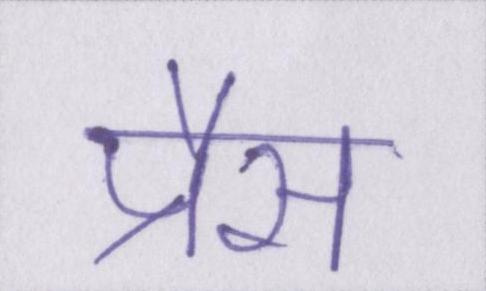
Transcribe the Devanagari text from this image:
प्रैस